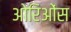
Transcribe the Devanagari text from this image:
ओरिओंस